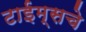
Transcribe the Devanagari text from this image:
टाईम्सचे